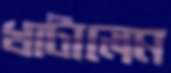
খাটালেম